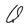
Character: Q